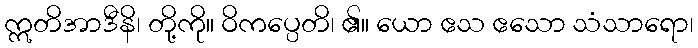
ဣတိအာဒီနိ၊ တို့ကို။ ဝိကပ္ပေတိ၊ ၏။ ယော ဧသ ဧသော သံသာရော၊